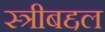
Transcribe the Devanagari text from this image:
स्त्रीबद्दल